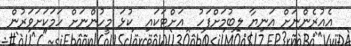
އެއުރެންނަށް އަނިޔާ ލިބުމަށްފަހު  އަށްޓަކައި  ކުޅަ މީހުންނަށް ހަމަކަށަވަރުން